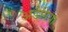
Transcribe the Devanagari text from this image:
अडैगियो